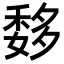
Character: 𥠨